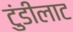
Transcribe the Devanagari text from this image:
टुंडीलाट